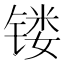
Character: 镂